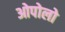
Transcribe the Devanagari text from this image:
ओपोलो